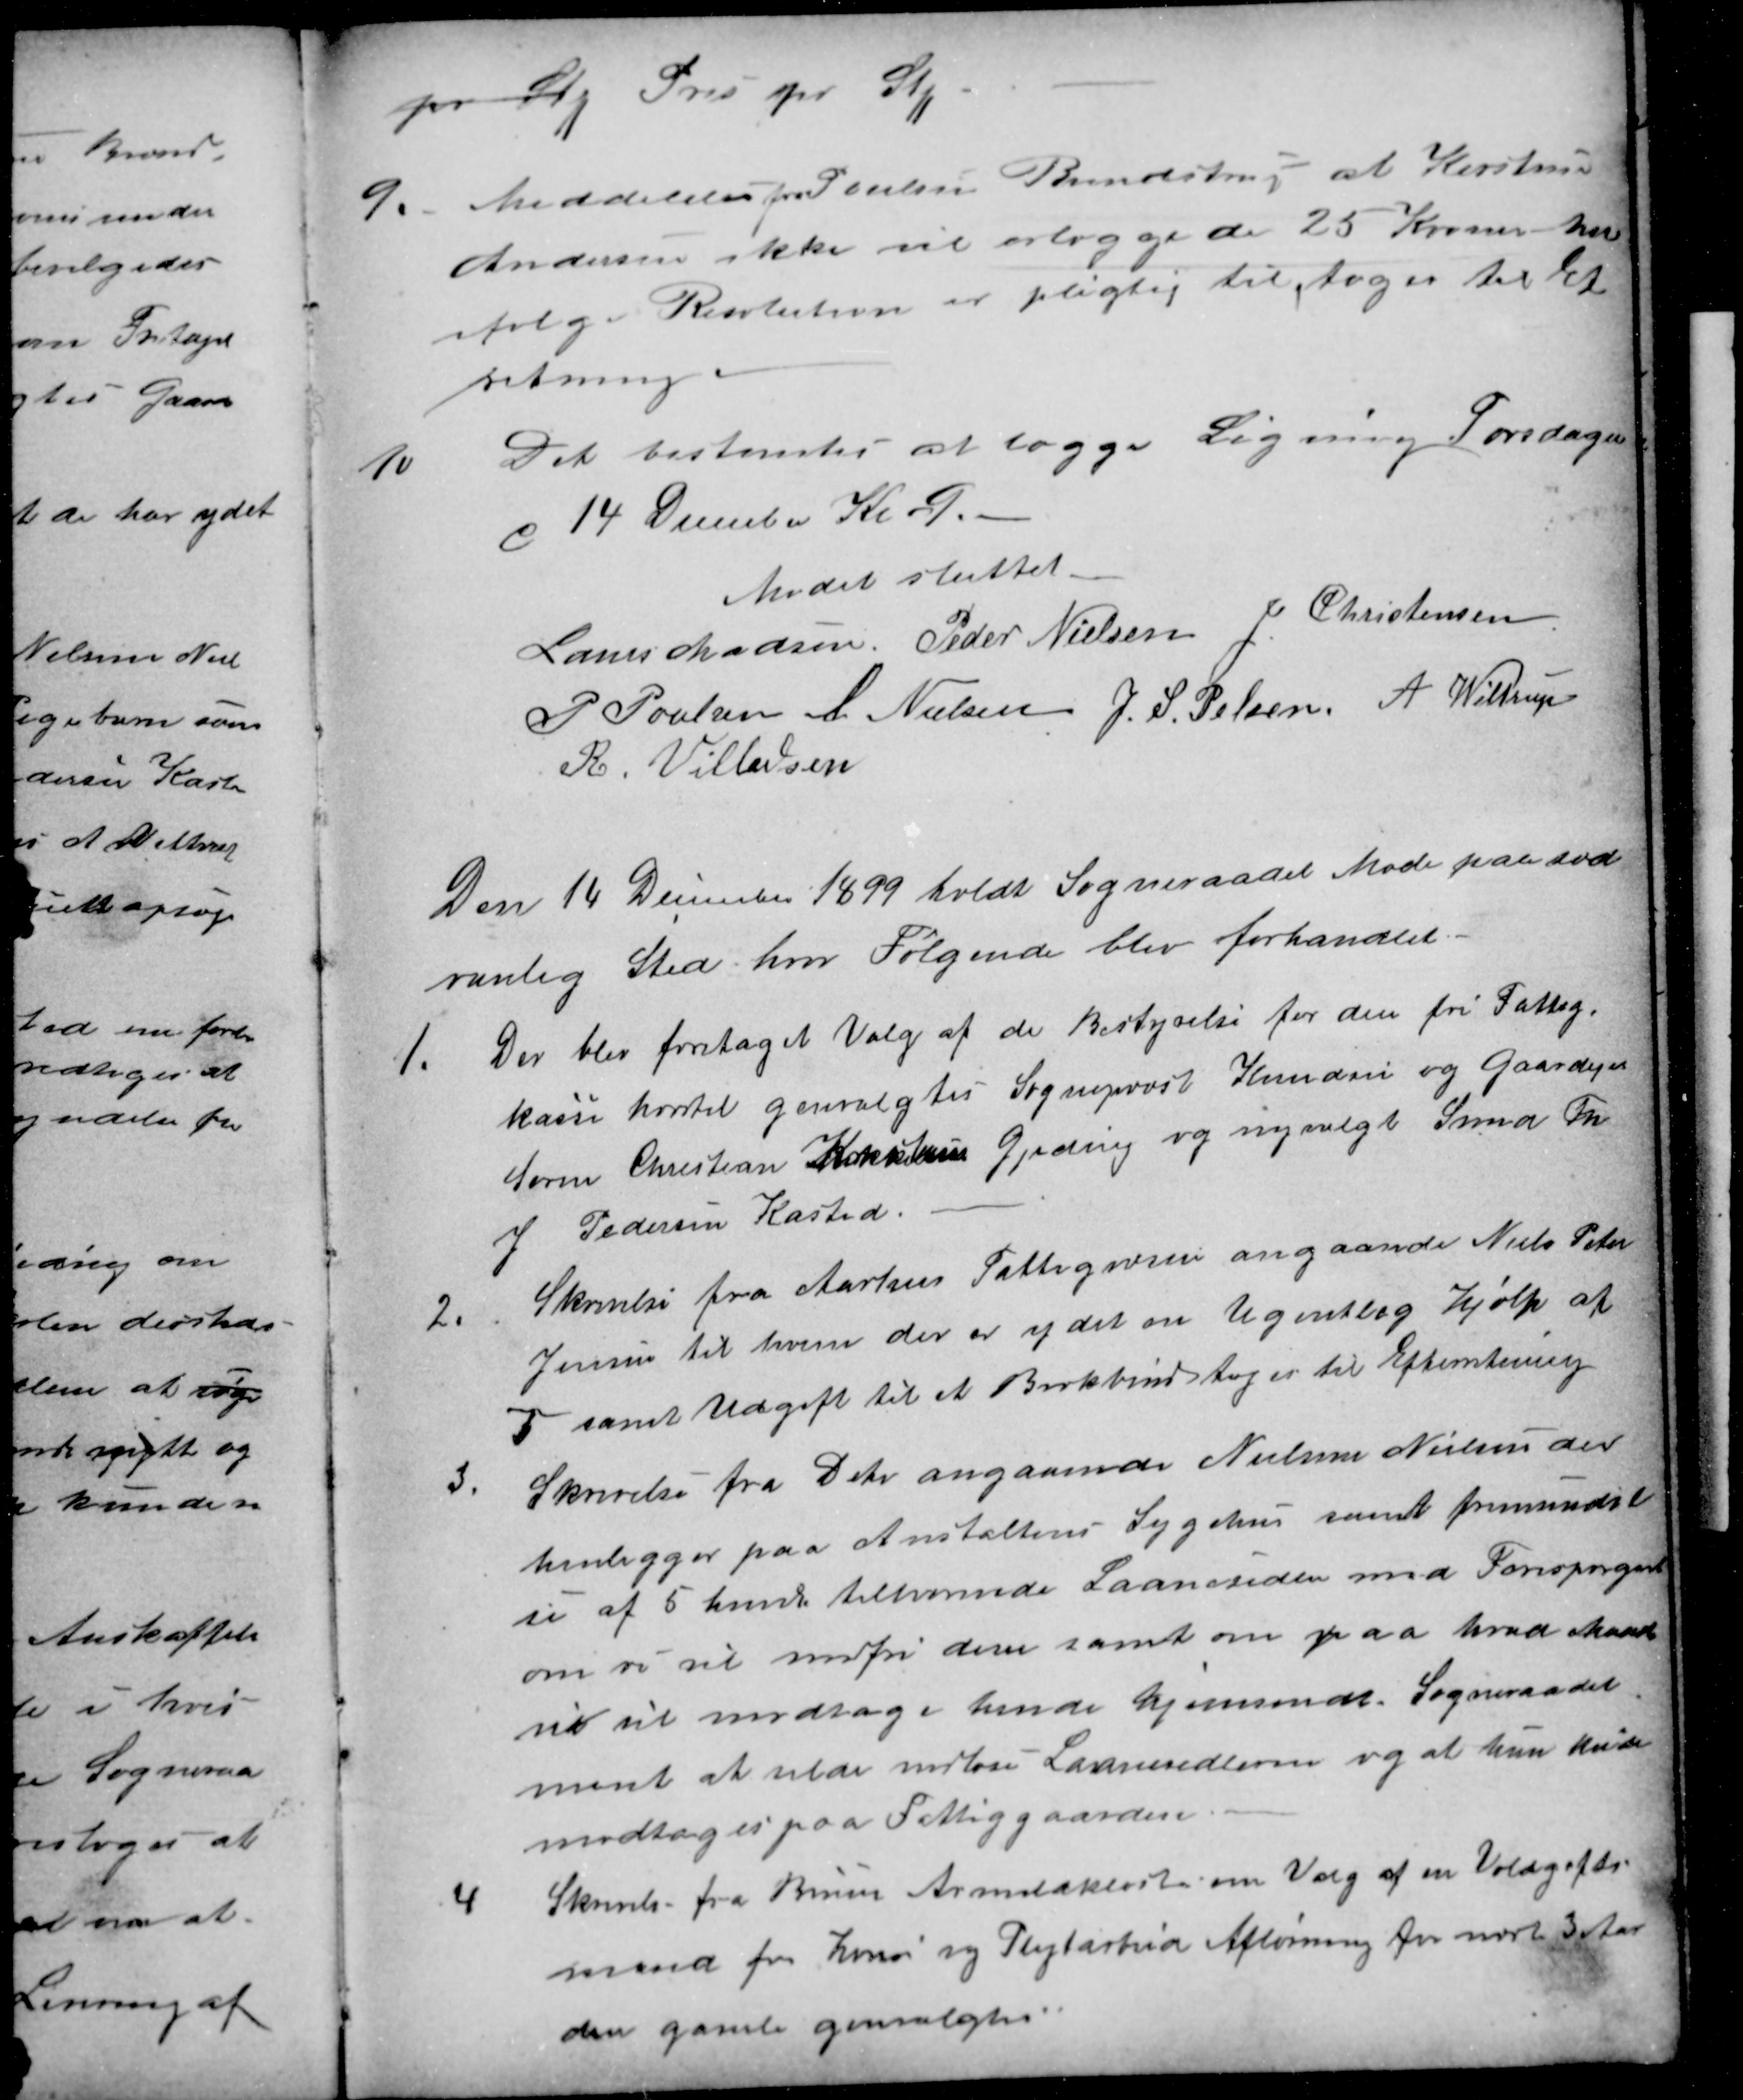
Transskription:
pr Stk  Pris pr Stk
9.
Meddelelse fra Poulsen Brendstrup at Kirstine
Andersen ikke vil erlægge de 25 Kroner hun
ifølge Resolution er pligtig til, toges til Ef-
retning.
10
Det bestemtes at lægge Ligning Torsdagen
d 14 December Kl. 9.
Mødet sluttet.
Laurs Madsen
Peder Nielsen
J. Christensen
P Poulsen
A Nielsen
J. S. Pelsen
 A Wittrup
R. Villadsen
Den 14 December 1899 holdt Sogneraadet Møde paa sæd
vanlig Sted, hvor Følgende blev forhandlet.
1.
Der blev foretaget Valg af de Bestyrelse for den fri Fattig-
kasse hvortil genvalgtes Sognepræst Knudsen og Gaardejer
Søren Christian Kokkum Gjeding og nyvalgt Smed Th.
J Pedersen Kasted.
2.
Skrivelse fra Aarhus Fattigvæsen angaaende Niels Peter
Jensen til hvem der er ydet en Ugentlig Hjælp af
7 samt Udgift til et Brokbind toges til Efterretning
3.
Skrivelse fra Dekv angaaende Nielsine Nielsen der
henligger paa Anstaltens Sygehus samt fremsendel
se af 5 hund tilsvarende Laanesedler med Forespørgelse
om vi vil indfri dem samt om paa hvad Maade
vi vil modtage hende hjemsendt. Sogneraadet
ment at vilde indløse Laanesedlerne og at hun kunde
modtages paa Fattiggaarden.
4
Skrivelse fra Borum Armodskloster om Valg af en Voldgifts
mand for Hoveri og Pligtarbeidets Afløsning for næste 3 Aar
den gamle genvalgtes